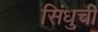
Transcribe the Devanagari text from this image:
सिंधुची